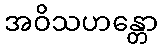
အဝိသဟန္တော